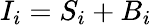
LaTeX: I_{i}=S_{i}+B_{i}